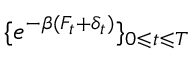
\{ e ^ { - \beta ( F _ { t } + \delta _ { t } ) } \} _ { 0 \leqslant t \leqslant T }